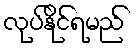
လုပ်နိုင်ရမည်